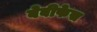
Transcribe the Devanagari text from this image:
बेबीफेस